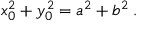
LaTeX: x _ { 0 } ^ { 2 } + y _ { 0 } ^ { 2 } = a ^ { 2 } + b ^ { 2 } \; .